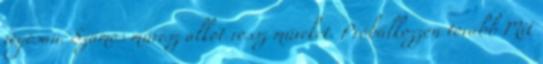
jogosan. Számos művész alkot rossz műveket. Próbálkozzon tovább Mit